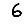
Digit: 6